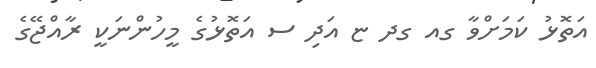
އަތޮޅު ކަމަށްވާ ގއ ގދ ޏ އަދި ސ އަތޮޅުގެ މީހުންނަކީ ރާއްޖޭގެ